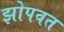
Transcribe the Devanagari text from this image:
झोपवत